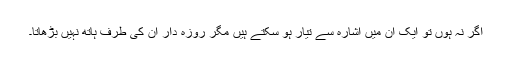
اگر نہ ہوں تو ایک آن میں اشارہ سے تیار ہو سکتے ہیں مگر روزہ دار ان کی طرف ہاتھ نہیں بڑھاتا۔